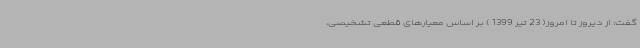
گفت: از دیروز تا امروز( 23 تیر 1399 ) بر اساس معیارهای قطعی تشخیصی،